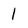
Character: 1